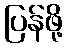
ပြန်ဖို့